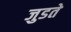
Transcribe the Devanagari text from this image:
जुडते